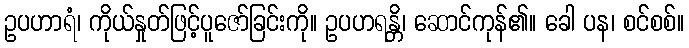
ဥပဟာရံ၊ ကိုယ်နှုတ်ဖြင့်ပူဇော်ခြင်းကို။ ဥပဟရန္တိ၊ ဆောင်ကုန်၏။ ခေါ ပန၊ စင်စစ်။